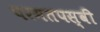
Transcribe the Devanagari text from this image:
परमतपस्वी